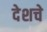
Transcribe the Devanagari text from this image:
देशचे